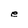
Character: e